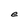
Character: e